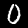
Label: 0